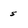
Character: 5